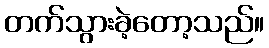
တက်သွားခဲ့တော့သည်။